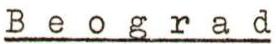
Beograd